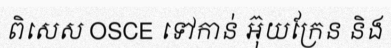
ពិសេស OSCE ទៅកាន់ អ៊ុយក្រែន និង